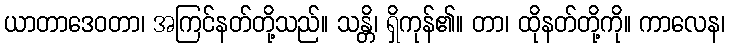
ယာတာဒေဝတာ၊ အကြင်နတ်တို့သည်။ သန္တိ၊ ရှိကုန်၏။ တာ၊ ထိုနတ်တို့ကို။ ကာလေန၊